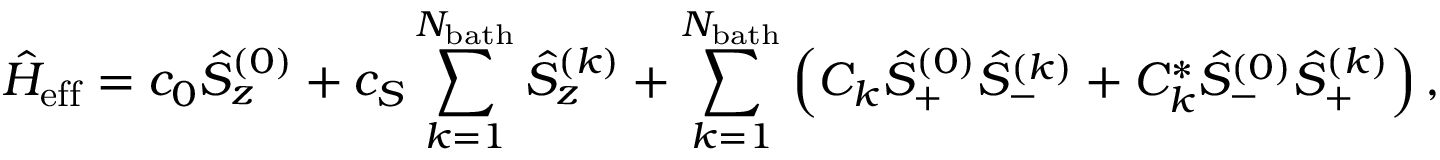
\hat { H } _ { \mathrm { e f f } } = c _ { 0 } \hat { S } _ { z } ^ { ( 0 ) } + c _ { S } \sum _ { k = 1 } ^ { N _ { \mathrm { b a t h } } } \hat { S } _ { z } ^ { ( k ) } + \sum _ { k = 1 } ^ { N _ { \mathrm { b a t h } } } \left( C _ { k } \hat { S } _ { + } ^ { ( 0 ) } \hat { S } _ { - } ^ { ( k ) } + C _ { k } ^ { * } \hat { S } _ { - } ^ { ( 0 ) } \hat { S } _ { + } ^ { ( k ) } \right) ,